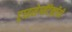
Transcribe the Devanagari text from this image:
ट्राइसेग्मेंटेक्टॉमी